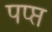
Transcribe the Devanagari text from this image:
पप्प्त